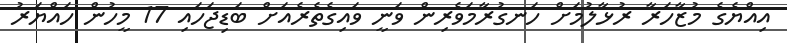
އިއްޔެގެ މުޒާހަރާ ރުޅާލުމަށް ހަނގުރާމަވެރިން ވަނީ ވައިގެތެރެއަށް ބަޑިޖަހައި 17 މީހުން ހައްޔަރު